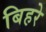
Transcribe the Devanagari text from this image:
बिहरे